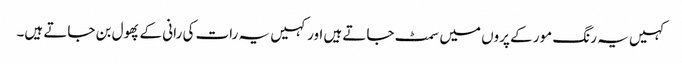
کہیں یہ رنگ مور کے پروں میں سمٹ جاتے ہیں اور کہیں یہ رات کی رانی کے پھول بن جاتے ہیں۔